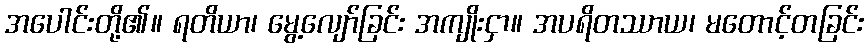
အပေါင်းတို့၏။ ရတိယာ၊ မွေ့လျော်ခြင်း အကျိုးငှာ။ အပရိတဿာယ၊ မတောင့်တခြင်း